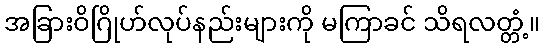
အခြားဝိဂြိုဟ်လုပ်နည်းများကို မကြာခင် သိရလတ္တံ့။